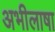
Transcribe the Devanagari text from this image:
अभीलाषा